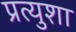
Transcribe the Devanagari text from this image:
प्रत्युशा